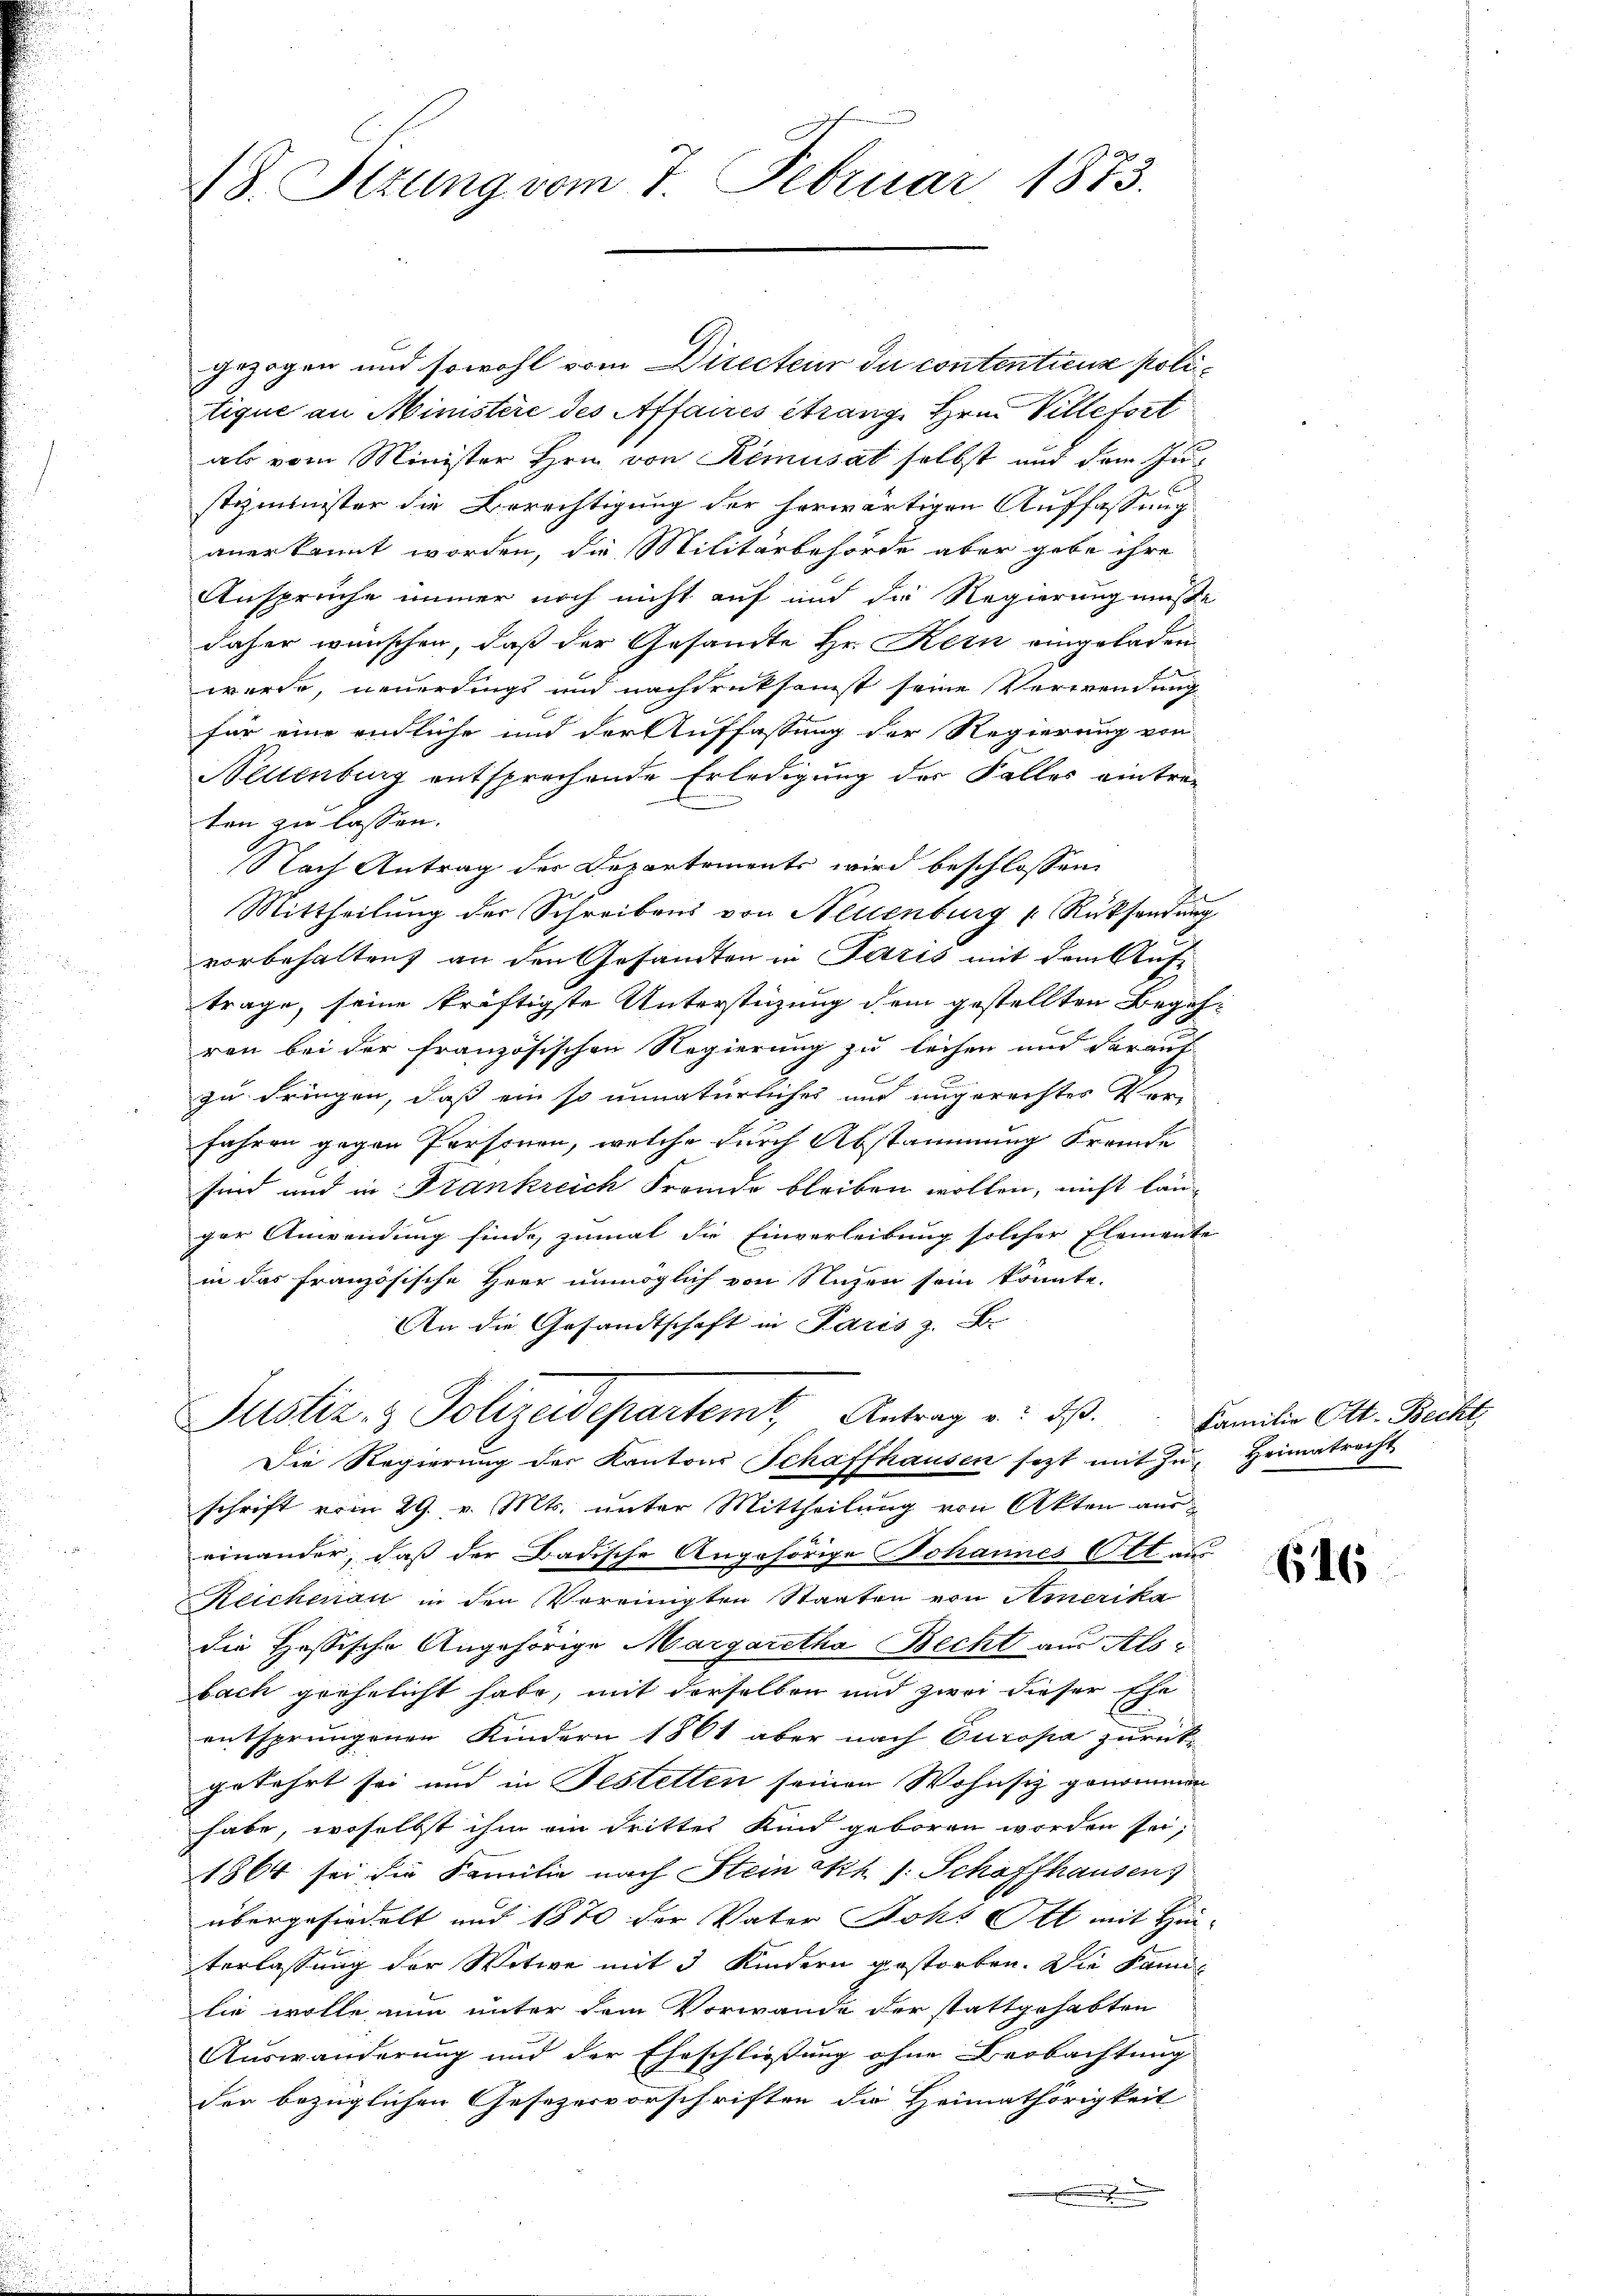
18. Stzung vom 7. Februar 1873.

gezogen und sowohl vom Directeur du contentiens politique an Ministere des Affaires étrang, Hrn. Villefert
als vom Minister Hrn. von Remusat selbst und dem Justizminister die Berechtigung der herwärtigen Auffassung
anerkannt worden, die Militärbehörde aber gebe ihre
Ansprüche immer noch nicht auf und die Regierung müsse
daher wünschen, daß der Gesandte Hr. Kein eingeladen
wurde, neuerdings und nachdruksamst seine Verwendung
für eine endliche und der Auffassung der Regierung von
Neltenburg entsprechende Erledigung der Falles eintrag
ten zu lassen.
Nach Antrag der Departements wird beschlossen:
Mittheilŭng der Schreibens von Neuenburg Rücksendŭng
vorbehalten, an den Gesandten in Paris mit dem Auf-
trage, seine kräftigste Unterstüzung dem gestellten Begehren bei der französischen Regierung zu leihen und darauf
zu dringen, daß ein so unnatürliches und ungerechter Vor-
fahren gegen Personen, welche durch Abstammung fremde
sind und in Frankreich Fremde bleiben wollen, nicht länger Anwendung finde, zumal die Einverleibung solcher Elemente
in das französische Herr unmöglich von Nuzen sein könnte.
An die Gesandtschaft in Paris z. B.
Justiz- & Polizeidepartemt, Antrag u. dß. Familie Ott. Becht
Die Regierung der Kantons Schaffhausen sezt mit Zŭ- Heimatrecht
schrift vom 29. v. Mts. unter Mittheilung von Akten auseinander, daß der Badische Angehörige Johannes Ott aus
Reichenau in den Vereinigten Staaten von Amerika
die Hassische Angehörige Margaretha Becht aus Als
bach grehelicht habe, mit derselben und zwei dieser Ehe
entsprungenen Kindern 1861 aber nach Europa zurückgekehrt sei und in Festetten seinen Wohnsiz genommen
habe, woselbst ihm ein drittes Kind geboren worden sei,
1864 sei die Familie nach Stein kh 1. Schaffhausens
übergesiedelt und 1870 der Vater Johs Ott mit Hinterlassung der Witwe mit 3 Kindern gestorben. Die Famil
lie wolle nun unter dem Vorwande der stattgehabten
Auswanderung und der Eheschliessung ohne Beobachtung
der bezüglichen Gesezesvorschriften die Heimathörigkeit
.

616